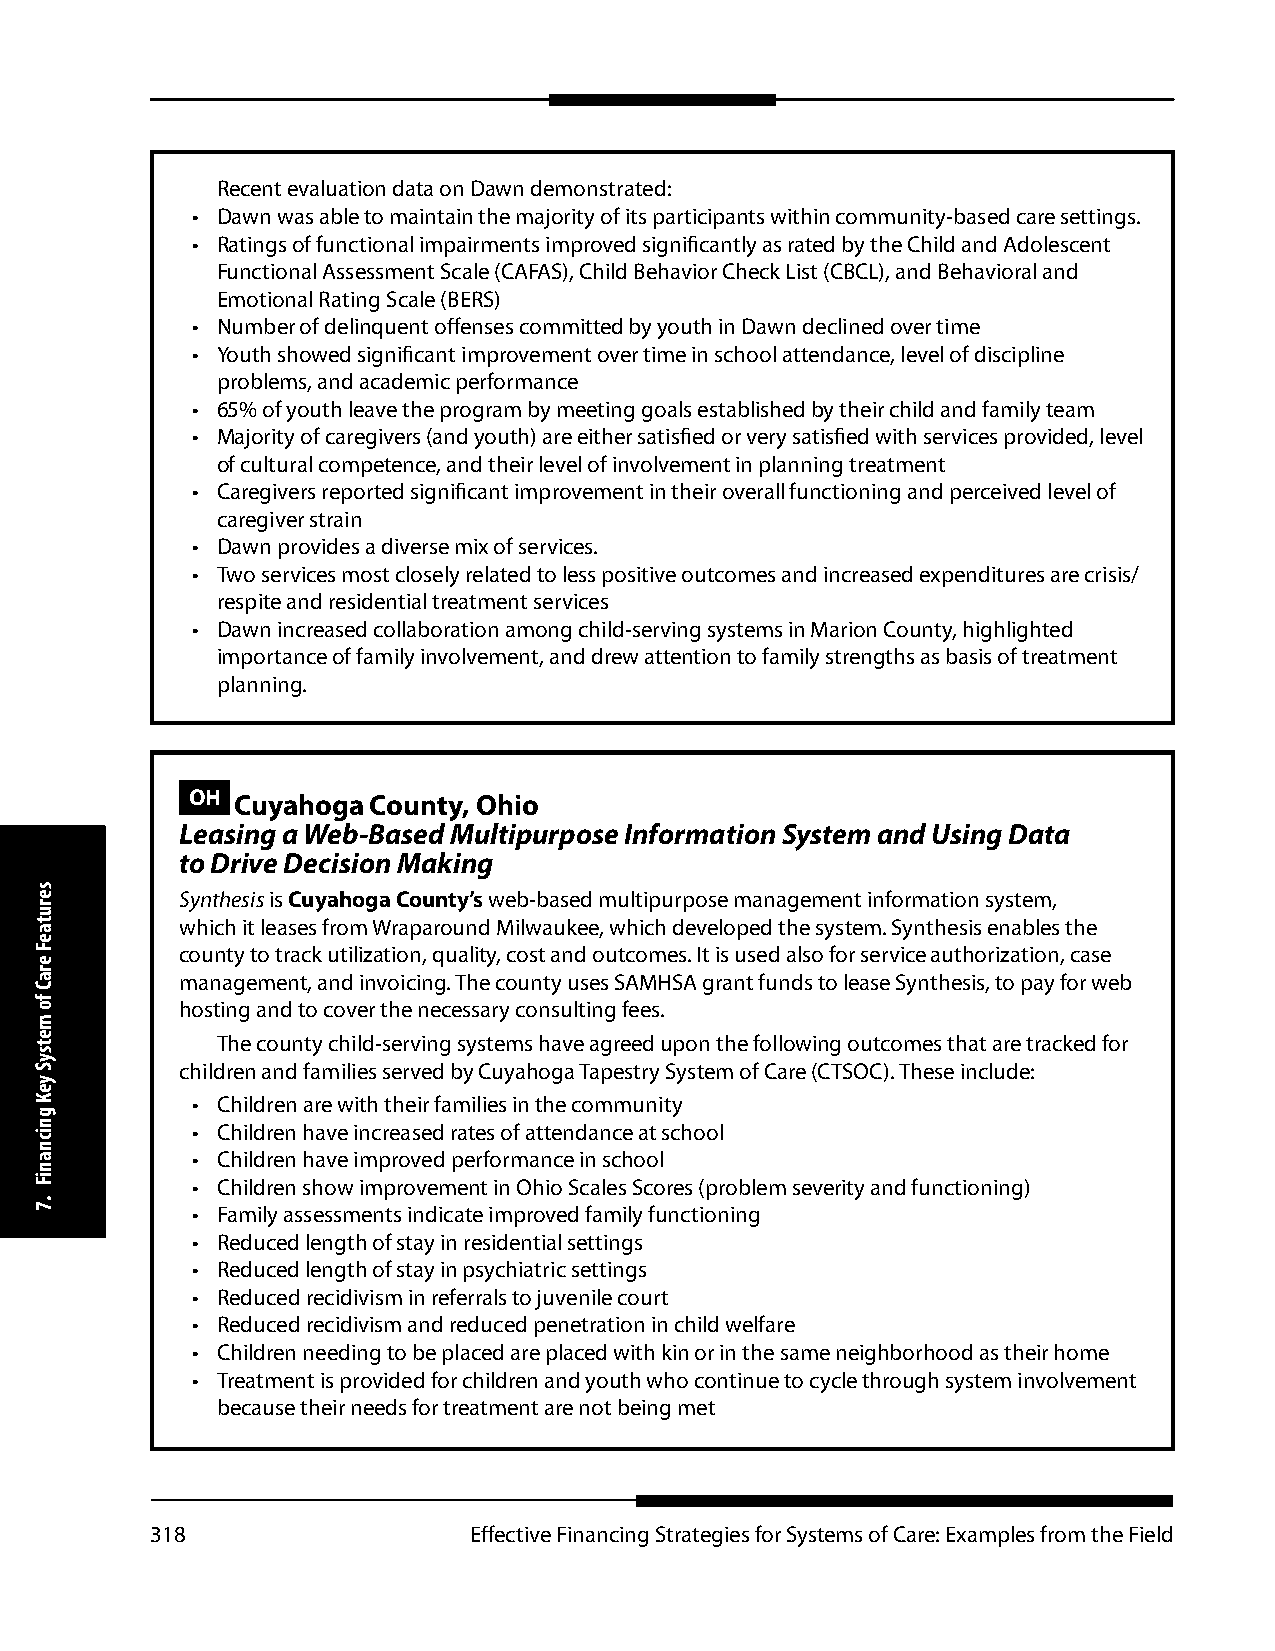
Recent evaluation data on Dawn demonstrated:
 • Dawn was able to maintain the majority of its participants within community-based care settings.
 • Ratings of functional impairments improved significantly as rated by the Child and Adolescent
 Functional Assessment Scale (CAFAS), Child Behavior Check List (CBCL), and Behavioral and
 Emotional Rating Scale (BERS)
 • Number of delinquent offenses committed by youth in Dawn declined over time
 • Youth showed significant improvement over time in school attendance, level of discipline
 problems, and academic performance
 • 65% of youth leave the program by meeting goals established by their child and family team
 • Majority of caregivers (and youth) are either satisfied or very satisfied with services provided, level
 of cultural competence, and their level of involvement in planning treatment
 • Caregivers reported significant improvement in their overall functioning and perceived level of
 caregiver strain
 • Dawn provides a diverse mix of services.
 • Two services most closely related to less positive outcomes and increased expenditures are crisis/
 respite and residential treatment services
 • Dawn increased collaboration among child-serving systems in Marion County, highlighted
 importance of family involvement, and drew attention to family strengths as basis of treatment
 planning.
 OH Cuyahoga  County, Ohio
 Leasing a Web-Based Multipurpose Information System and Using Data
 to Drive Decision Making
 Synthesis is Cuyahoga County’s web-based multipurpose management information system,
 which it leases from Wraparound Milwaukee, which developed the system. Synthesis enables the
 county to track utilization, quality, cost and outcomes. It is used also for service authorization, case
 management, and invoicing. The county uses SAMHSA grant funds to lease Synthesis, to pay for web
 hosting and to cover the necessary consulting fees.
 The county child-serving systems have agreed upon the following outcomes that are tracked for
 children and families served by Cuyahoga Tapestry System of Care (CTSOC). These include:
 • Children are with their families in the community
 • Children have increased rates of attendance at school
 • Children have improved performance in school
 • Children show improvement in Ohio Scales Scores (problem severity and functioning)
 • Family assessments indicate improved family functioning
 • Reduced length of stay in residential settings
 • Reduced length of stay in psychiatric settings
 • Reduced recidivism in referrals to juvenile court
 • Reduced recidivism and reduced penetration in child welfare
 • Children needing to be placed are placed with kin or in the same neighborhood as their home
 • Treatment is provided for children and youth who continue to cycle through system involvement
 because their needs for treatment are not being met
 318                  Effective Financing Strategies for Systems of Care: Examples from the Field
 serutaeF
 eraC
 fo
 metsyS
 yeK
 gnicnaniF
 .7